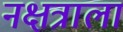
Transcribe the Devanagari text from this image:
नक्षत्राला